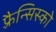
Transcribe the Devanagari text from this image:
फ़्रैन्सिस्को